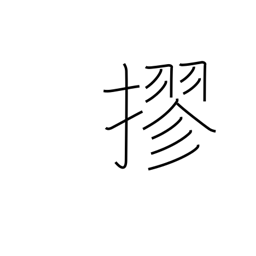
Meaning: tie into a bundle